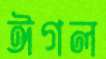
ঈগল